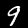
Digit: 9